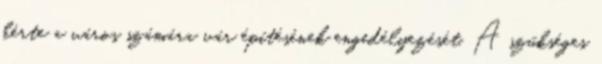
kérte a város számára vár építésének engedélyezését. A szükséges